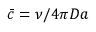
\bar { c } = \nu / 4 \pi D a